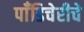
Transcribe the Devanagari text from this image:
पाँडिचेरीचे